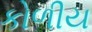
કોળીય